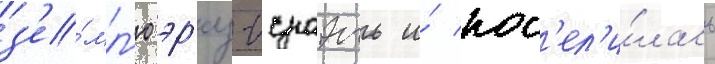
з'е́мл'ю эр'ец-исраэль и́ пос'ел'и́лась